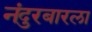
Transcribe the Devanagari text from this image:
नंदुरबारला